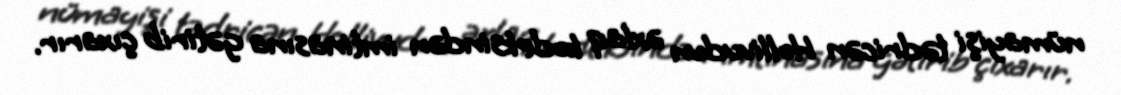
nümayişi tədricən Hollivudun əxlaq kodeksindən imtinasına gətirib çıxarır.